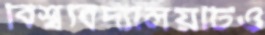
বিশ্ববিদ্যালয়টিও